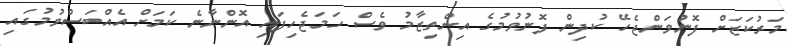
މަރުކަޒަށް ފޮނުވަންޖެހޭ ކުދިން ފޮނުވުމުގެ އިންތިޒާމު ވެސް ހަމަޖެހިފައި އޮންނާނެ ކަމަށް އެއްބަސްވުމުގައި